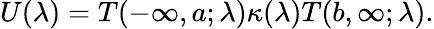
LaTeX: U(\lambda)=T(-\infty,a;\lambda)\kappa(\lambda)T(b,\infty;\lambda).